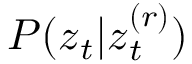
P ( \boldsymbol { z } _ { t } | \boldsymbol { z } _ { t } ^ { ( r ) } )